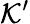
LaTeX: \mathcal{K}^{\prime}